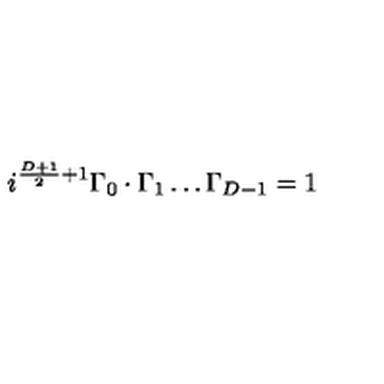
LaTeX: i ^ { \frac { D + 1 } { 2 } + 1 } \Gamma _ { 0 } \cdot \Gamma _ { 1 } \ldots \Gamma _ { D - 1 } = 1